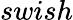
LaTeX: swish